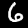
Label: 6